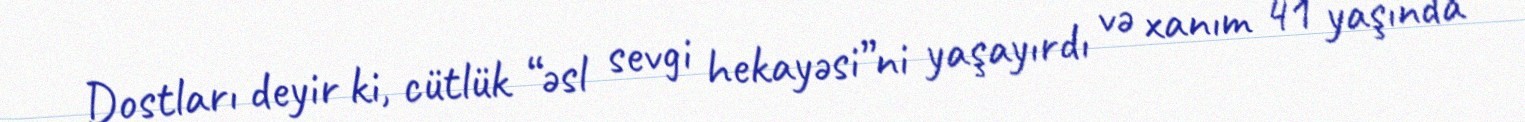
Dostları deyir ki, cütlük “əsl sevgi hekayəsi”ni yaşayırdı və xanım 41 yaşında